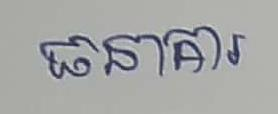
ធនាគារ